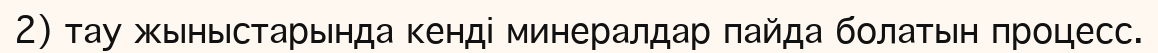
2) тау жыныстарында кенді минералдар пайда болатын процесс.